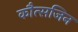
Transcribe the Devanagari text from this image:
कौत्सजिन